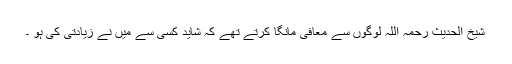
شیخ الحدیث رحمہ اللہ لوگوں سے معافی مانگا کرتے تھے کہ شاید کسی سے میں نے زیادتی کی ہو ۔